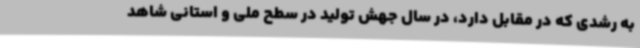
به رشدی که در مقابل دارد، در سال جهش تولید در سطح ملی و استانی شاهد